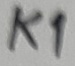
Text: K1